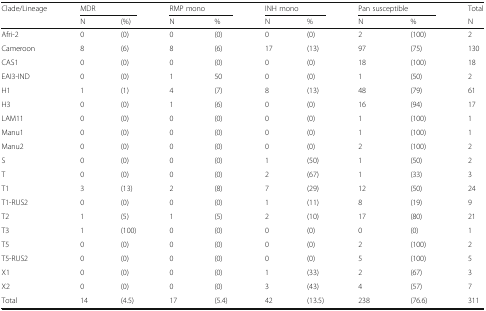
| <ROWSPAN=2> Clade/Lineage | <COLSPAN=2> MDR | <COLSPAN=2> RMP mono | <COLSPAN=2> INH mono | <COLSPAN=2> Pan susceptible | Total |
 | N | (%) | N | % | N | % | N | % | N |
 | --- | --- | --- | --- | --- | --- | --- | --- | --- | --- |
 | Afri-2 | 0 | (0) | 0 | (0) | 0 | (0) | 2 | (100) | 2 |
 | Cameroon | 8 | (6) | 8 | (6) | 17 | (13) | 97 | (75) | 130 |
 | CAS1 | 0 | (0) | 0 | (0) | 0 | (0) | 18 | (100) | 18 |
 | EAI3-IND | 0 | (0) | 1 | 50 | 0 | (0) | 1 | (50) | 2 |
 | H1 | 1 | (1) | 4 | (7) | 8 | (13) | 48 | (79) | 61 |
 | H3 | 0 | (0) | 1 | (6) | 0 | (0) | 16 | (94) | 17 |
 | LAM11 | 0 | (0) | 0 | (0) | 0 | (0) | 1 | (100) | 1 |
 | Manu1 | 0 | (0) | 0 | (0) | 0 | (0) | 1 | (100) | 1 |
 | Manu2 | 0 | (0) | 0 | (0) | 0 | (0) | 2 | (100) | 2 |
 | S | 0 | (0) | 0 | (0) | 1 | (50) | 1 | (50) | 2 |
 | T | 0 | (0) | 0 | (0) | 2 | (67) | 1 | (33) | 3 |
 | T1 | 3 | (13) | 2 | (8) | 7 | (29) | 12 | (50) | 24 |
 | T1-RUS2 | 0 | (0) | 0 | (0) | 1 | (11) | 8 | (19) | 9 |
 | T2 | 1 | (5) | 1 | (5) | 2 | (10) | 17 | (80) | 21 |
 | T3 | 1 | (100) | 0 | (0) | 0 | (0) | 0 | (0) | 1 |
 | T5 | 0 | (0) | 0 | (0) | 0 | (0) | 2 | (100) | 2 |
 | T5-RUS2 | 0 | (0) | 0 | (0) | 0 | (0) | 5 | (100) | 5 |
 | X1 | 0 | (0) | 0 | (0) | 1 | (33) | 2 | (67) | 3 |
 | X2 | 0 | (0) | 0 | (0) | 3 | (43) | 4 | (57) | 7 |
 | Total | 14 | (4.5) | 17 | (5.4) | 42 | (13.5) | 238 | (76.6) | 311 |